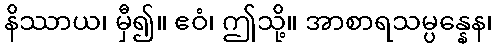
နိဿာယ၊ မှီ၍။ ဧဝံ၊ ဤသို့။ အာစာရသမ္ပန္နေန၊